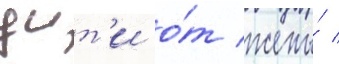
уит'и о́т жены́ /